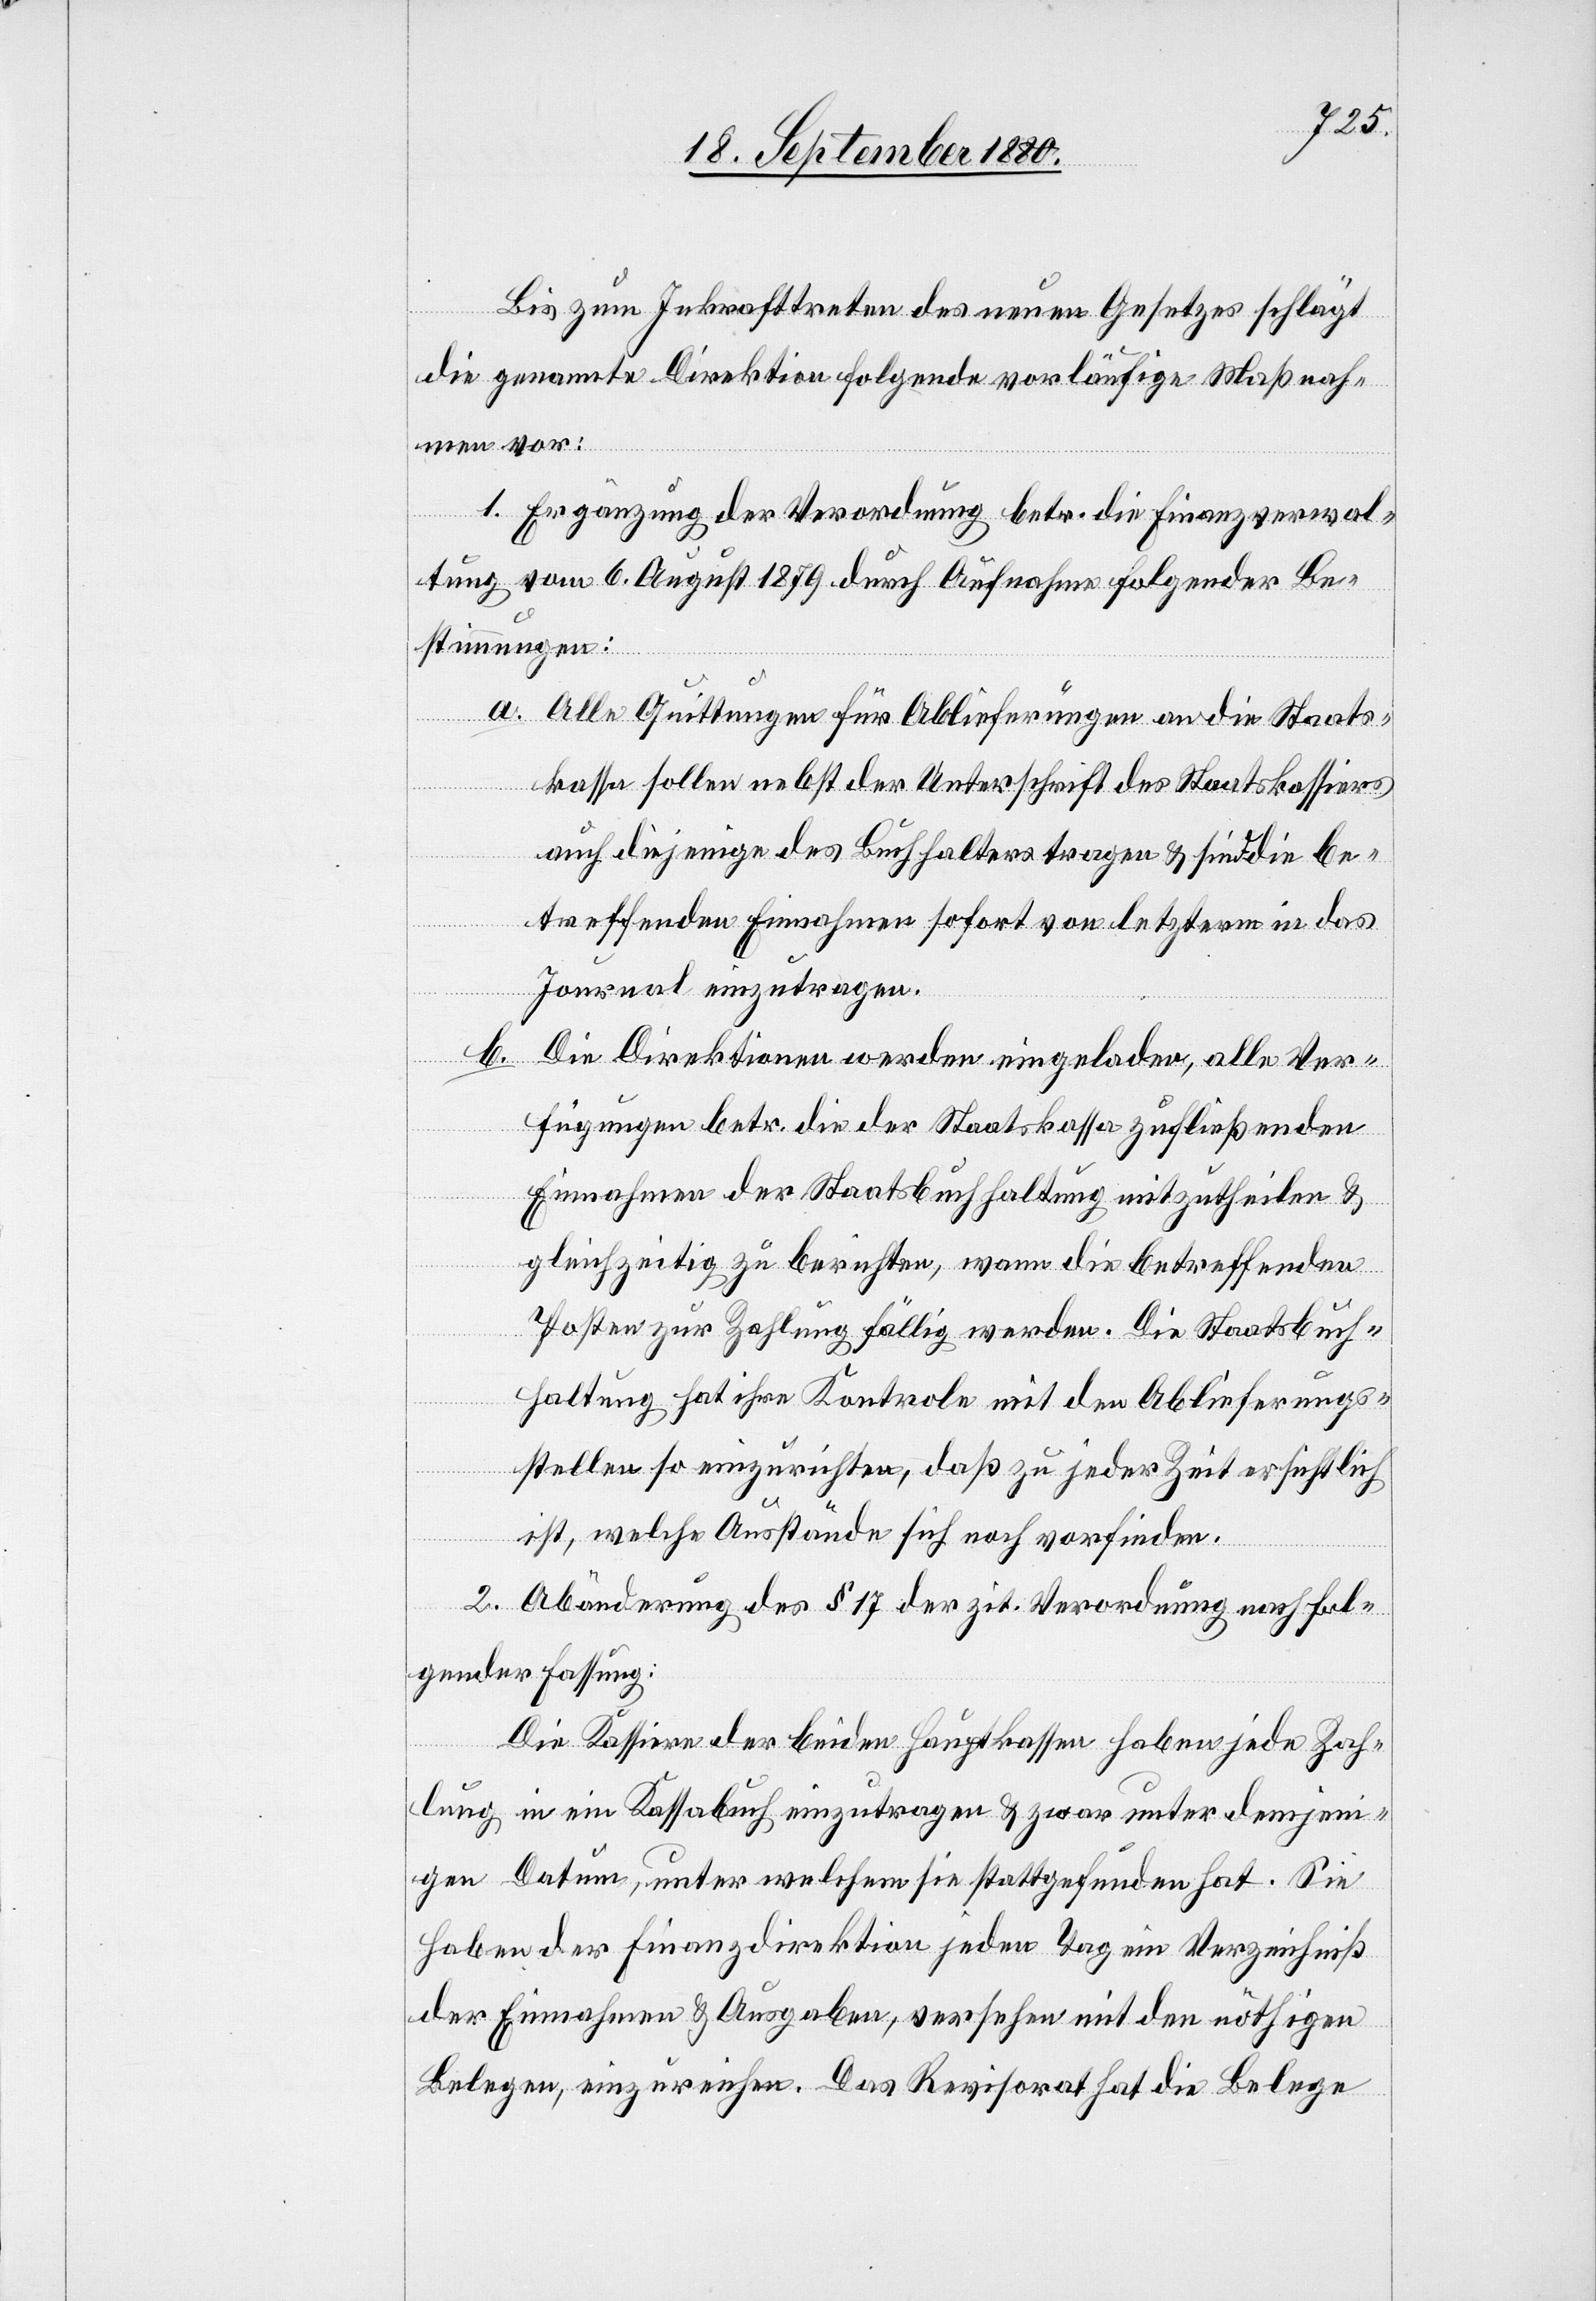
Bis zum Inkrafttreten des neuen Gesetzes schlägt
die genannte Direktion folgende vorläufige Maßnah¬
men vor:
1. Ergänzung der Verordnung betr. die Finanzverwal¬
tung vom 6. August 1879 durch Aufnahme folgender Be¬
stimmungen:
a. Alle Quittungen für Ablieferungen an die Staats¬
kassa sollen nebst der Unterschrift des Staatskassiers
auch diejenige des Buchhalters tragen & sind die be¬
treffenden Einnahmen sofort von letzterm in das
Journal einzutragen.
b. Die Direktionen werden eingeladen, alle Ver¬
fügungen betr. die der Staatskassa zufließenden
Einnahmen der Staatsbuchhaltung mitzutheilen &
gleichzeitig zu berichten, wann die betreffenden
Posten zur Zahlung fällig werden. Die Staatsbuch¬
haltung hat ihre Kontrole mit den Ablieferungs¬
stellen so einzurichten, daß zu jeder Zeit ersichtlich
ist, welche Ausstände sich noch vorfinden.
2. Abänderung des § 17 der zit. Verordnung nach fol¬
gender Fassung:
Die Kassiere der beiden Hauptkassen haben jede Zah¬
lung in ein Kassabuch einzutragen & zwar unter demjeni¬
gen Datum, unter welchem sie stattgefunden hat. Sie
haben der Finanzdirektion jeden Tag ein Verzeichniß
der Einnahmen & Ausgaben, versehen mit den nöthigen
Belegen, einzureichen. Das Revisorat hat die Belege